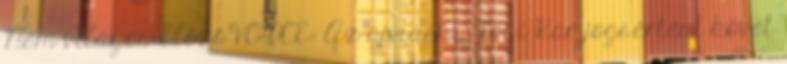
Nem világos ElőzőVOICE: Az újvidéki Jogi Kar jogsértést követ